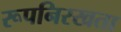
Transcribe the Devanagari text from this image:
रूपनिरखता